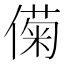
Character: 𫣟